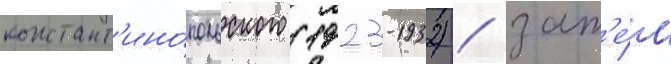
констант'ино́польского (1923-1932) / зат'е́м